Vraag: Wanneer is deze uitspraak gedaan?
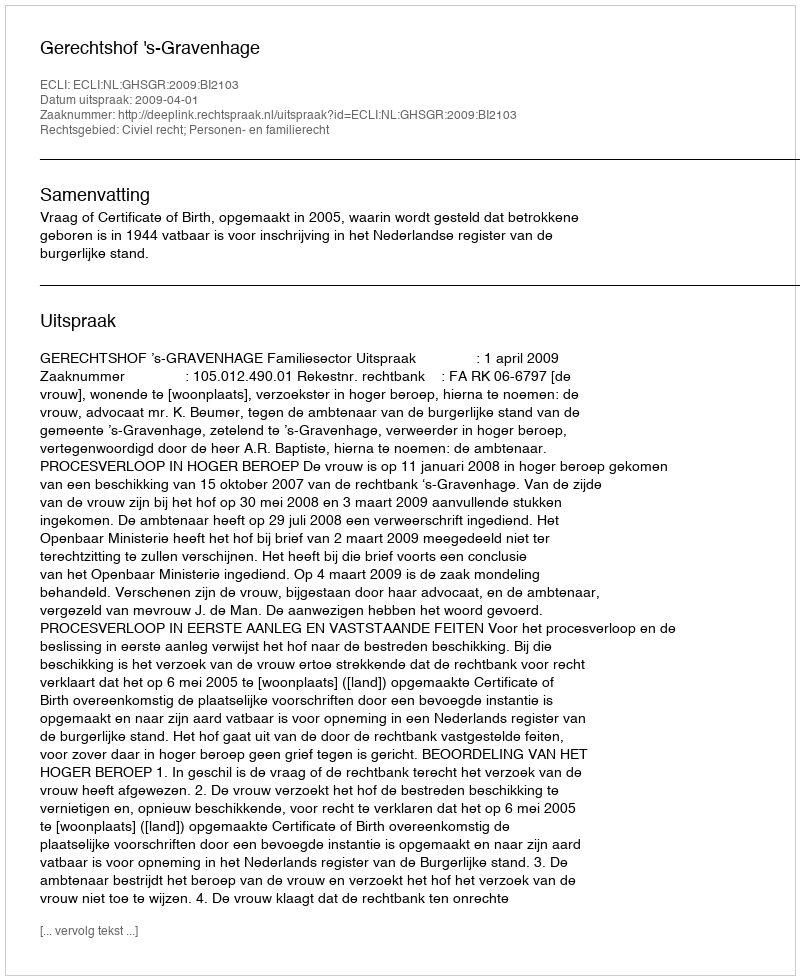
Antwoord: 2009-04-01